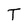
Character: T